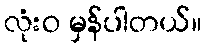
လုံးဝ မှန်ပါတယ်။